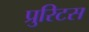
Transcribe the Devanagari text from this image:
प्रुरिटस